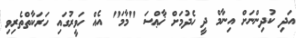
އަދި ކުދިންނަށް އިނާމް ދީ ހެދުމަށް ޚާޢްސަ "މާމަ" އެއް ހަވީރުގައި ހަރަކާތްތެރިވި